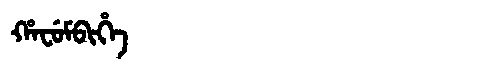
Manchu: ᡥᠠᠸᡠᠮᠪᡳᡥᡝ
Romanization: HAFUMBIHE